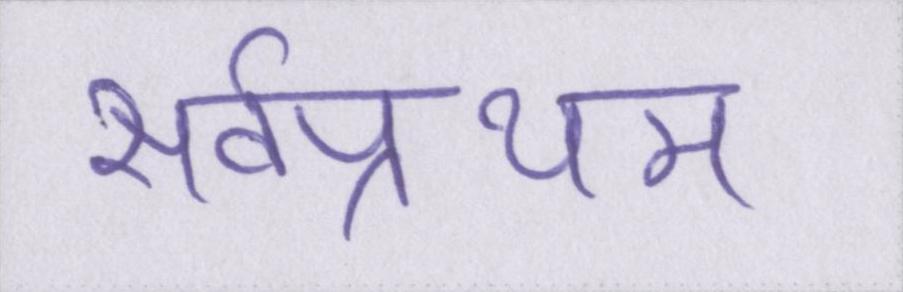
सर्वप्रथम